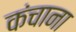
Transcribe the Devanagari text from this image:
कंचाना